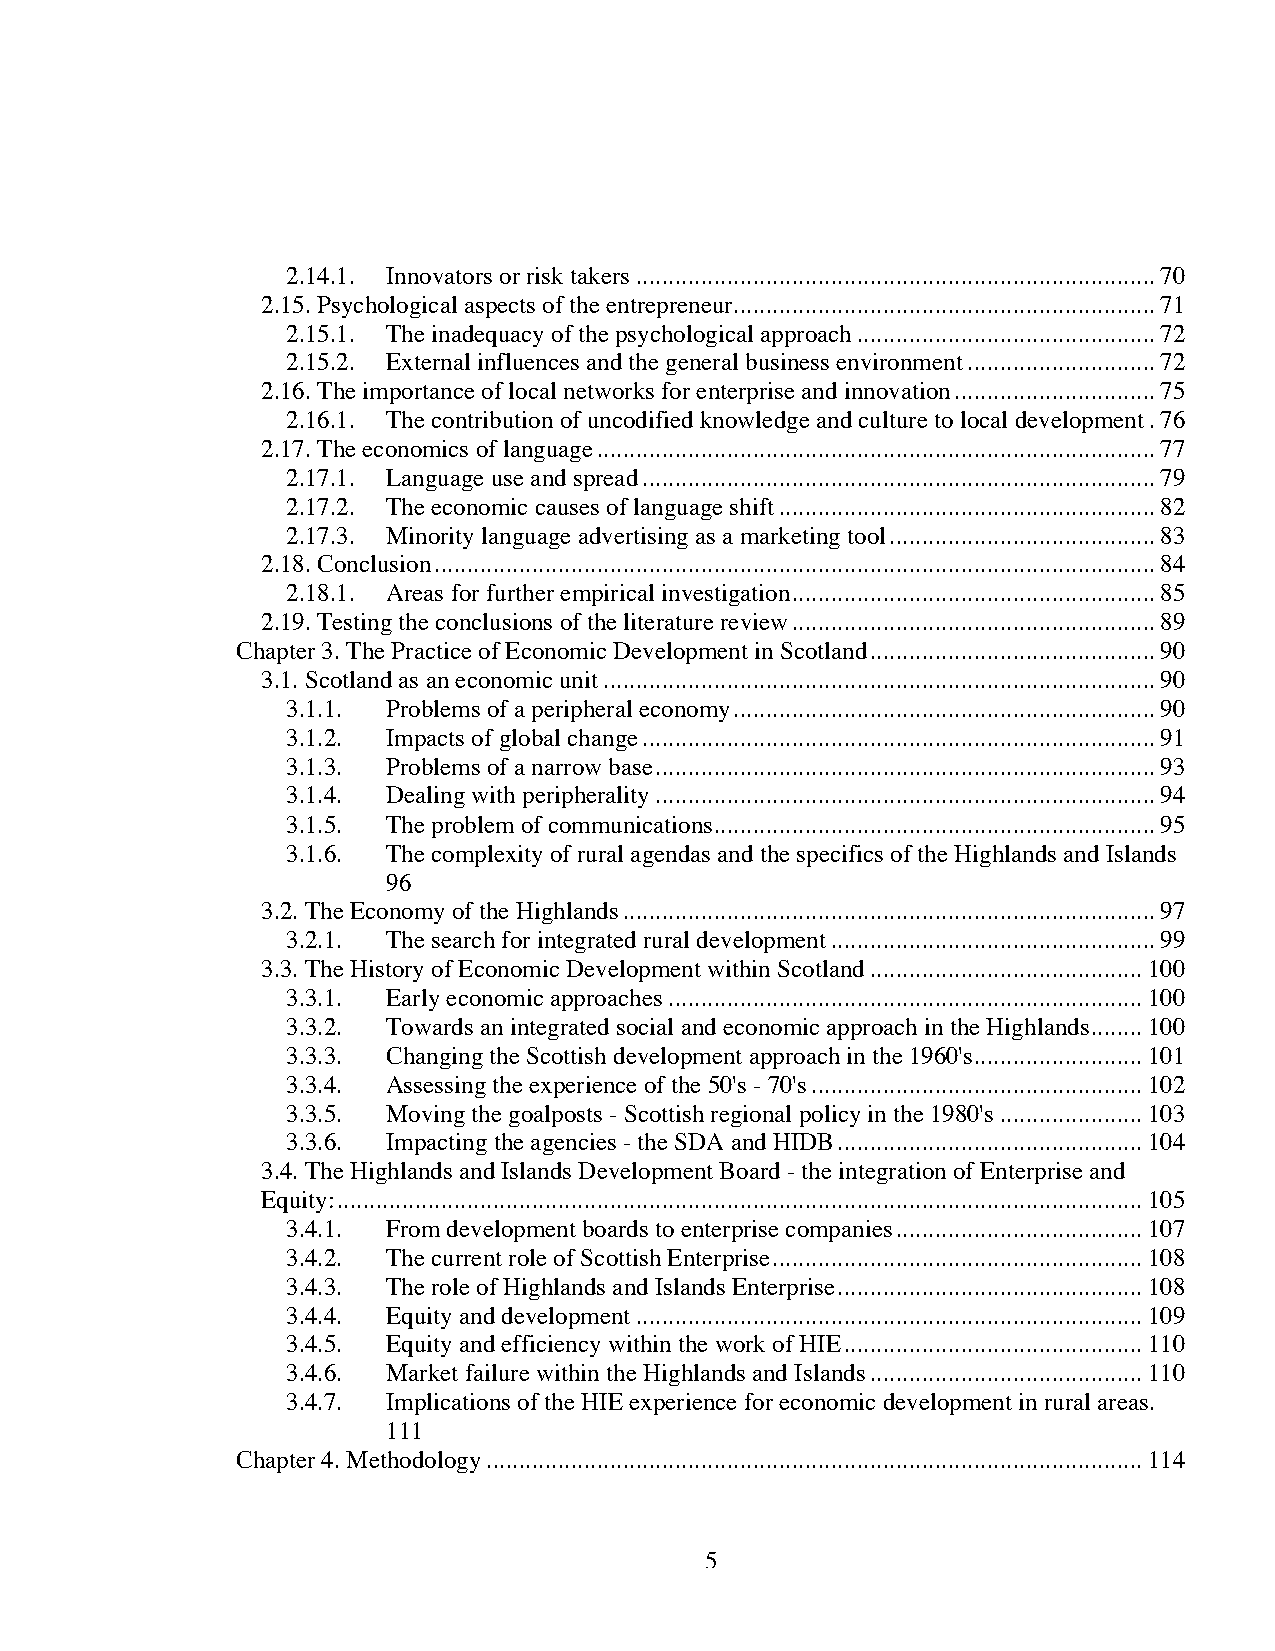
2.14.1. Innovators or risk takers................................................................................70
 2.15. Psychological aspects of the entrepreneur.................................................................71
 2.15.1. The inadequacy of the psychological approach..............................................72
 2.15.2. External influences and the general business environment.............................72
 2.16. The importance of local networks for enterprise and innovation...............................75
 2.16.1. The contribution of uncodified knowledge and culture to local development.76
 2.17. The economics of language......................................................................................77
 2.17.1. Language use and spread...............................................................................79
 2.17.2. The economic causes of language shift..........................................................82
 2.17.3. Minority language advertising as a marketing tool.........................................83
 2.18. Conclusion...............................................................................................................84
 2.18.1. Areas for further empirical investigation........................................................85
 2.19. Testing the conclusions of the literature review........................................................89
 Chapter 3. The Practice of Economic Development in Scotland............................................90
 3.1. Scotland as an economic unit.....................................................................................90
 3.1.1. Problems of a peripheral economy.................................................................90
 3.1.2. Impacts of global change...............................................................................91
 3.1.3. Problems of a narrow base.............................................................................93
 3.1.4. Dealing with peripherality.............................................................................94
 3.1.5. The problem of communications....................................................................95
 3.1.6. The complexity of rural agendas and the specifics of the Highlands and Islands
 96
 3.2. The Economy of the Highlands..................................................................................97
 3.2.1. The search for integrated rural development..................................................99
 3.3. The History of Economic Development within Scotland..........................................100
 3.3.1. Early economic approaches.........................................................................100
 3.3.2. Towards an integrated social and economic approach in the Highlands........100
 3.3.3. Changing the Scottish development approach in the 1960's..........................101
 3.3.4. Assessing the experience of the 50's - 70's...................................................102
 3.3.5. Moving the goalposts - Scottish regional policy in the 1980's......................103
 3.3.6. Impacting the agencies - the SDA and HIDB...............................................104
 3.4. The Highlands and Islands Development Board - the integration of Enterprise and
 Equity:............................................................................................................................105
 3.4.1. From development boards to enterprise companies......................................107
 3.4.2. The current role of Scottish Enterprise.........................................................108
 3.4.3. The role of Highlands and Islands Enterprise...............................................108
 3.4.4. Equity and development..............................................................................109
 3.4.5. Equity and efficiency within the work of HIE..............................................110
 3.4.6. Market failure within the Highlands and Islands..........................................110
 3.4.7. Implications of the HIE experience for economic development in rural areas.
 111
 Chapter 4. Methodology.....................................................................................................114
 5